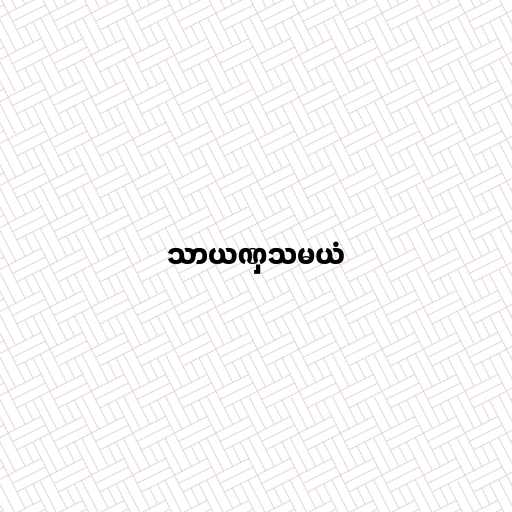
သာယဏှသမယံ